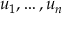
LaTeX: u _ { 1 } , \ldots , u _ { n }